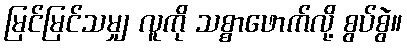
မြင်မြင်သမျှ လူကို သစ္စာဖောက်လို့ စွပ်စွဲ။